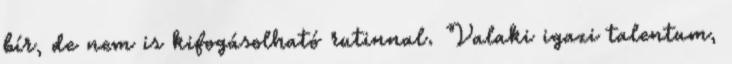
bír, de nem is kifogásolható rutinnal. Valaki igazi talentum,